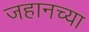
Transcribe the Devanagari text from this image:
जहानच्या